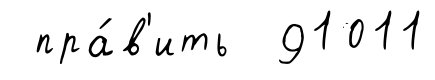
пра́в'ить 91011